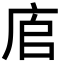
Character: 㢂